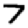
Digit: 7